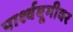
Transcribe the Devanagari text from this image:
पार्श्वबूमीवर